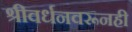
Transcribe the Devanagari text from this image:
श्रीवर्धनवरूनही